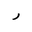
Letter: _ra